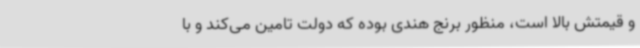
و قیمتش بالا است، منظور برنج هندی بوده که دولت تامین می‌کند و با